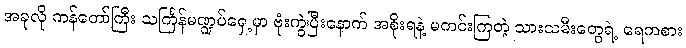
အခုလို ကန်တော်ကြီး သင်္ကြန်မဏ္ဍပ်ရှေ့မှာ ဗုံးကွဲပြီးနောက် အစိုးရနဲ့ မကင်းကြတဲ့ သားသမီးတွေရဲ့ ရေကစား